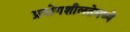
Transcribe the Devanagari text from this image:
प्रयोगशीलतेमध्ये